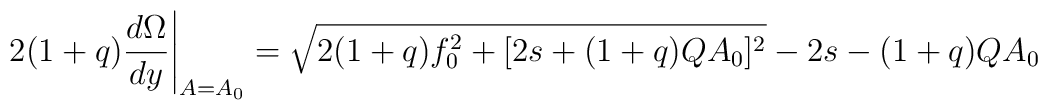
2(1+q)\frac{d \Omega}{dy}\Bigg\vert_{A=A_0}=\sqrt{2(1+q)f_0^2 + [2s+(1+q)QA_0]^2}-2s-(1+q)QA_0